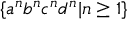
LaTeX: \{ a ^ { n } b ^ { n } c ^ { n } d ^ { n } | n \geq 1 \}